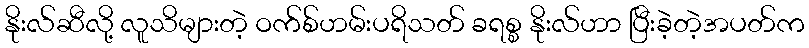
နိုးလ်ဆီလို့ လူသိများတဲ့ ဝက်စ်ဟမ်းပရိသတ် ခရစ္စ နိုးလ်ဟာ ပြီးခဲ့တဲ့အပတ်က